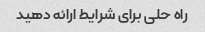
راه حلی برای شرایط ارائه دهید